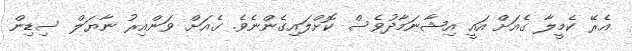
އެރޭ ކެމީލާ ގެއަށް އައީ އިޝާނަމާދުވެސް ކޮށްލައިގެންނެވެ. ގެއަށް ވަންއިރު ނާޔަލް ސިޑިން